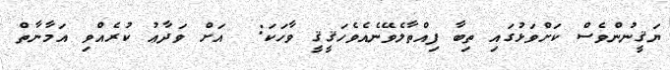
ޔަޤީނުންވެސް ކަށްވަޅުގައި ތިބާ ފިއްތާލެވޭނެއެވެހަޤީޤީ ވާހަކަ:  އަށް ވަދާޢު ކުރެއްވި އަމާނާތް